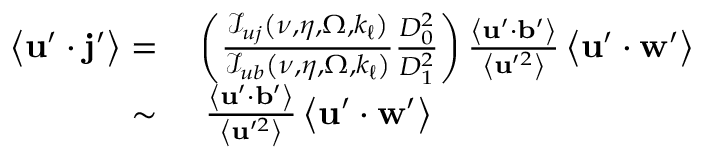
\begin{array} { r l } { \left\langle \mathbf { u } ^ { \prime } \cdot \mathbf { j } ^ { \prime } \right\rangle = } & { { } \left( \frac { \mathcal { I } _ { u j } \left( \nu , \eta , \Omega , k _ { \ell } \right) } { \mathcal { I } _ { u b } \left( \nu , \eta , \Omega , k _ { \ell } \right) } \frac { D _ { 0 } ^ { 2 } } { D _ { 1 } ^ { 2 } } \right) \frac { \left\langle \mathbf { u } ^ { \prime } \cdot \mathbf { b } ^ { \prime } \right\rangle } { \left\langle \mathbf { u } ^ { \prime 2 } \right\rangle } \left\langle \mathbf { u } ^ { \prime } \cdot \mathbf { w } ^ { \prime } \right\rangle } \\ { \sim } & { { } \, \, \frac { \left\langle \mathbf { u } ^ { \prime } \cdot \mathbf { b } ^ { \prime } \right\rangle } { \left\langle \mathbf { u } ^ { \prime 2 } \right\rangle } \left\langle \mathbf { u } ^ { \prime } \cdot \mathbf { w } ^ { \prime } \right\rangle } \end{array}